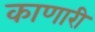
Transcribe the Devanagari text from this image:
काणारी